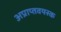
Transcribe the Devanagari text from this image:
अप्राप्तवयस्क